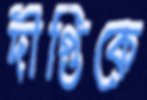
দীপ্তিকে